画像に写った文字を読んでください
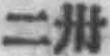
「二卅」と書いてあります